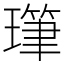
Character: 㻶